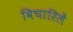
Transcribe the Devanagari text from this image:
विचारिलें